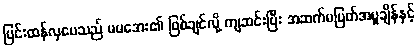
ပြင်းထန်လှပေသည် မမအေး၏ ဖြစ်ချင်လို့ ကျဆင်းပြီး အဆက်မပြတ်အပူချိန်နှင့်